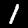
Label: 1